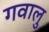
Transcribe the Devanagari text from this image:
गवालु